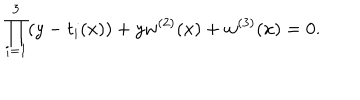
\prod _ { i = 1 } ^ { 3 } ( y - t _ { i } ( x ) ) + y w ^ { ( 2 ) } ( x ) + w ^ { ( 3 ) } ( x ) = 0 .